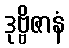
ဒုဗ္ဗိဇာနံ